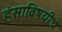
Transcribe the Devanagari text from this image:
हंसाविषयीचे